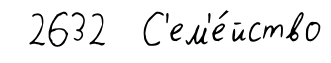
2632 С'ем'е́йство